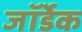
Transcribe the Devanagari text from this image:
जॉर्डेक